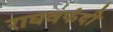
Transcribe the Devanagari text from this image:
राघवफंदी